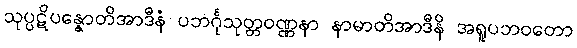
သုပ္ပဋိပန္နောတိအာဒီနံ ပဘင်္ဂုသုတ္တဝဏ္ဏနာ နာမာတိအာဒီနိ အရူပဘဝတော